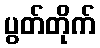
ပွတ်တိုက်